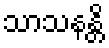
သာသနန္တိ